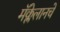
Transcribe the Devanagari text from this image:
मॅक्लेलानचे